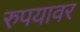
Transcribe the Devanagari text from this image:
रुपयावर